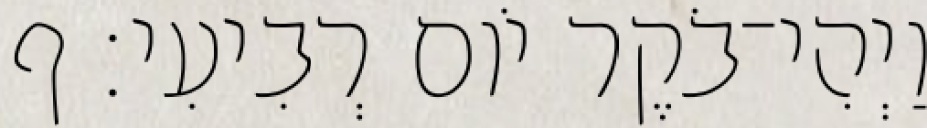
וַיְהִי־בֹקֶר יֹום רְבִיעִי׃ ף